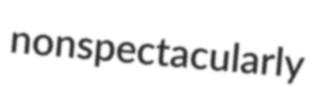
nonspectacularly